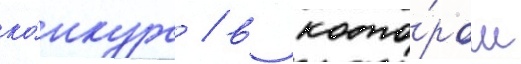
ко́нкурс / в кото́ром